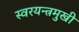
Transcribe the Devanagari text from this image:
स्वरयन्त्रमुखी